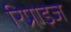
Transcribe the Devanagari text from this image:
रिप्राइज